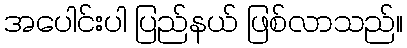
အပေါင်းပါ ပြည်နယ် ဖြစ်လာသည်။